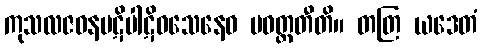
ကုသလဇဝနပဋိပါဋိဝသေနေဝ ပဝတ္တတီတိ။ တတြ ယဒေတံ